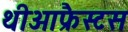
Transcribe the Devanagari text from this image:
थीआफ्रैस्टस